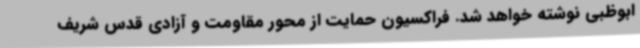
ابوظبی نوشته خواهد شد. فراکسیون حمایت از محور مقاومت و آزادی قدس شریف